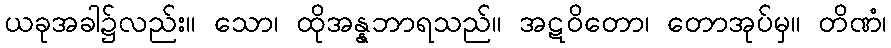
ယခုအခါ၌လည်း။ သော၊ ထိုအန္နဘာရသည်။ အဋဝိတော၊ တောအုပ်မှ။ တိဏံ၊